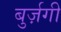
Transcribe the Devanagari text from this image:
बुर्ज़गी